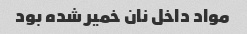
مواد داخل نان خمیر شده بود